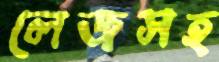
লেজসহ